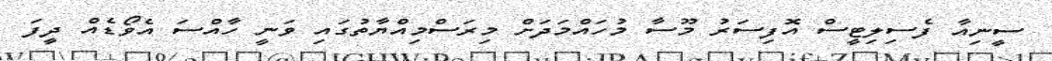
ސީނިއާ ފެސިލިޓީސް އޮފިސަރު މޫސާ މުހައްމަދަށް މިރަސްމިއްޔާތުގައި ވަނީ ހާއްސަ އެވޯޑެއް ދީފަ